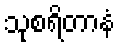
သုစရိတာနံ